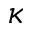
\kappa